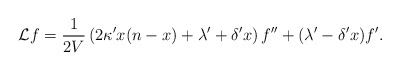
\begin{align*} {\cal L} f = \frac{1}{2V}\left(2\kappa' x(n-x) + \lambda'+\delta' x\right) f'' +(\lambda' - \delta' x)f'.\end{align*}